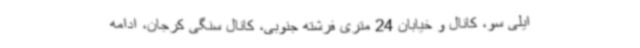
ایلی سو، کانال و خیابان 24 متری فرشته جنوبی، کانال سنگی کرجان، ادامه